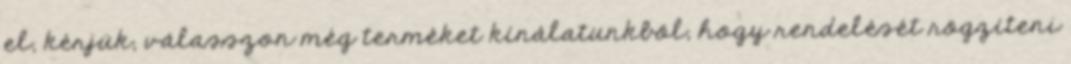
el, kérjük, válasszon még terméket kínálatunkból, hogy rendelését rögzíteni